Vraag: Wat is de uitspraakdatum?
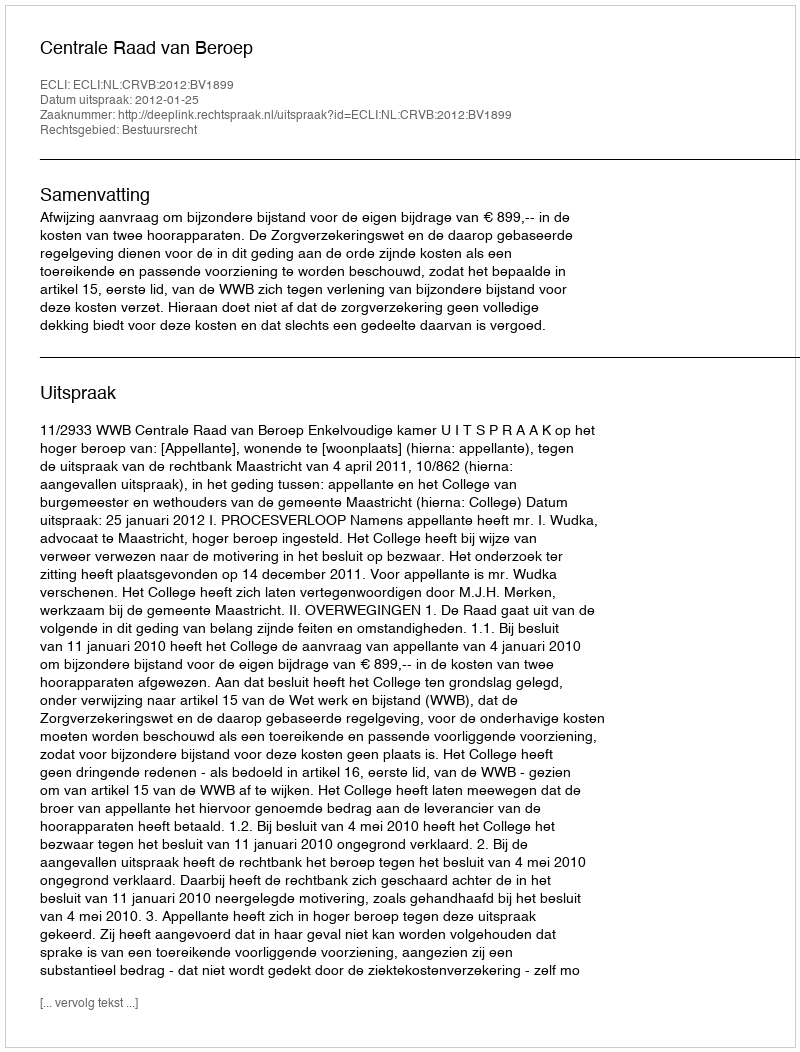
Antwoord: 2012-01-25